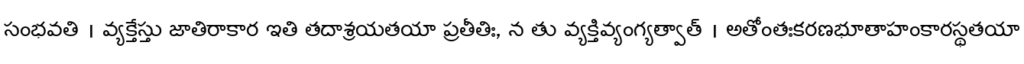
సంభవతి । వ్యక్తేస్తు జాతిరాకార ఇతి తదాశ్రయతయా ప్రతీతిః, న తు వ్యక్తివ్యంగ్యత్వాత్ । అతోంతఃకరణభూతాహంకారస్థతయా